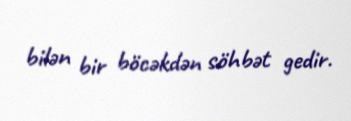
bilən bir böcəkdən söhbət gedir.